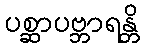
ပစ္ဆာပဗ္ဘာရန္တိ